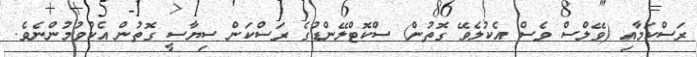
ރަސްކަމާއި (ވޭލްސް ވެސް އެކުލެވޭ ގޮތުން) ސްކޮޓްލޭންޑުގެ ރަސްކަން ސިޔާސީ ގޮތުން އެކުވުމުންނެވެ.